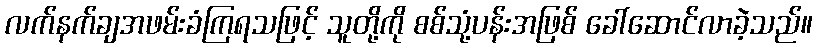
လက်နက်ချအဖမ်းခံကြရသဖြင့် သူတို့ကို စစ်သုံ့ပန်းအဖြစ် ခေါ်ဆောင်လာခဲ့သည်။